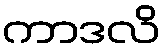
ကာဒလိ